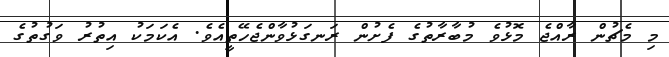
މި މެޗުން ރާއްޖެ މޮޅުވެ މުބާރާތުގެ ފެށުން ރަނގަޅުވާންޖެހޭތީއެވެ. އެކަމަކު އިތުރު ވަގުތުގެ